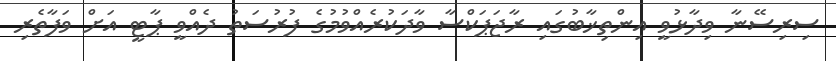
ސިރިސޭނާ ވިދާޅުވީ އިންތިޚާބުގައި ރާޖަޕަކްސާ ވާދަކުރެއްވުމުގެ ފުރުސަތު ދެއްވީ ޕާޓީ އަށް ވަފާތެރި